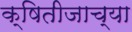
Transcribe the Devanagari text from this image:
क्षितीजाच्या